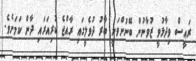
ރައީސް ވިދާޅުވީ ޒުވާނުން ބޭނުންވަނީ ބާރު ދުވެލީގައި ރާއްޖެ ކުރިއަރައި ދާން ކަމަށެވެ.